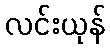
လင်းယုန်